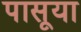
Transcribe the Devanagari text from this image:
पासूया